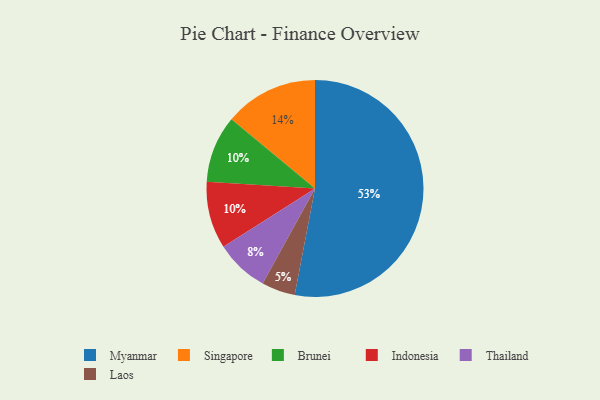
{"axis": {"x": "Category", "y": "Percentage"}, "legend": ["Brunei", "Indonesia", "Laos", "Myanmar", "Singapore", "Thailand"], "data": [{"x": "Brunei", "y": 10, "type": "Brunei"}, {"x": "Laos", "y": 5, "type": "Laos"}, {"x": "Singapore", "y": 14, "type": "Singapore"}, {"x": "Thailand", "y": 8, "type": "Thailand"}, {"x": "Indonesia", "y": 10, "type": "Indonesia"}, {"x": "Myanmar", "y": 53, "type": "Myanmar"}]}